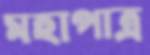
মহাপাত্র